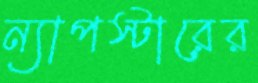
ন্যাপস্টারের